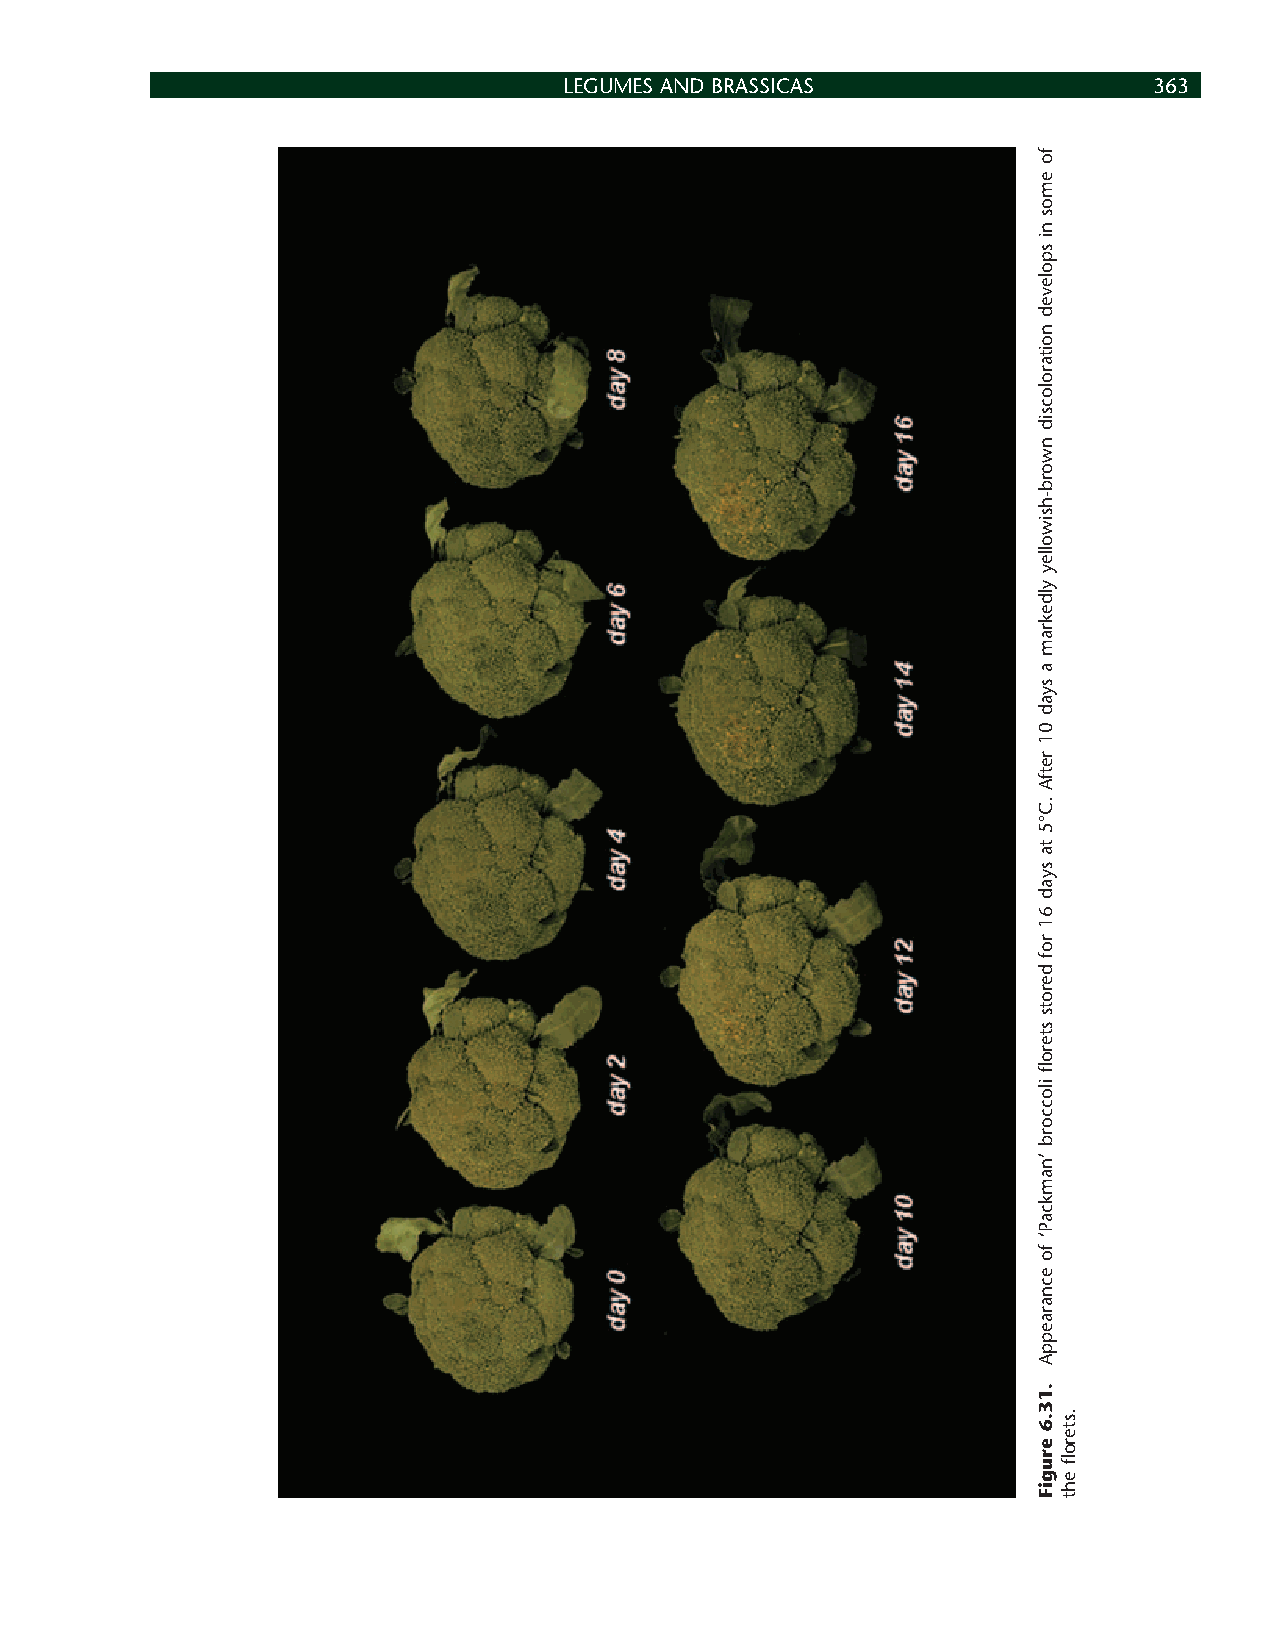
LEGUMES AND BRASSICAS                  363
 fo
 emos
 ni
 spoleved
 noitarolocsid
 nworb-hsiwolley
 yldekram
 a
 syad
 01
 retfA
 .C°5
 ta
 syad
 61
 rof
 derots
 stero
 fl
 iloccorb
 ’namkcaP‘
 fo
 ecnaraeppA
 .13.6
 erugiF
 .stero
 fl
 eht